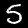
Label: 5